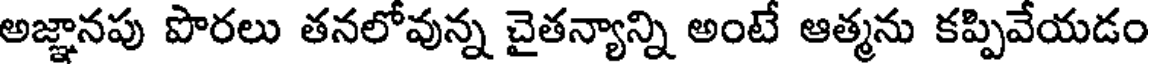
అజ్ఞానపు పొరలు తనలోవున్న చైతన్యాన్ని అంటే ఆత్మను కప్పివేయడం